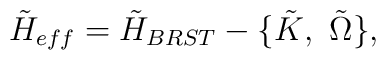
{\tilde H}_{eff}={\tilde H}_{BRST}-\{\tilde K , \ \tilde \Omega\},